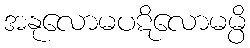
အနုလောမပဋိလောမမ္ပိ